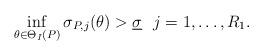
LaTeX: \begin{align*}&\inf_{\theta \in \Theta_I(P)}\sigma_{P,j}(\theta)>\underline{\sigma}~ ~j=1,\dots,R_1.\end{align*}